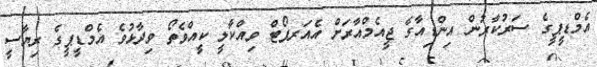
އެމްޑީޕީގެ ސަރުކާރުން އިންޑިއާގެ ޖީއެމްއާރަށް އެއަރޕޯޓް ވިއްކާލީ ކީއްވެތޯ ވިދާޅުވެ އެމްޑީޕީގެ ރިޔާސީ